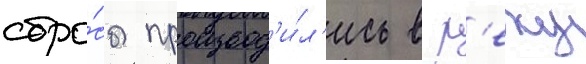
сбро́сы производ'и́л'ись в р'еку